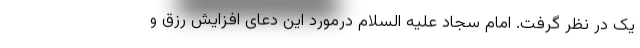
یک در نظر گرفت. امام سجاد علیه السلام درمورد این دعای افزایش رزق و